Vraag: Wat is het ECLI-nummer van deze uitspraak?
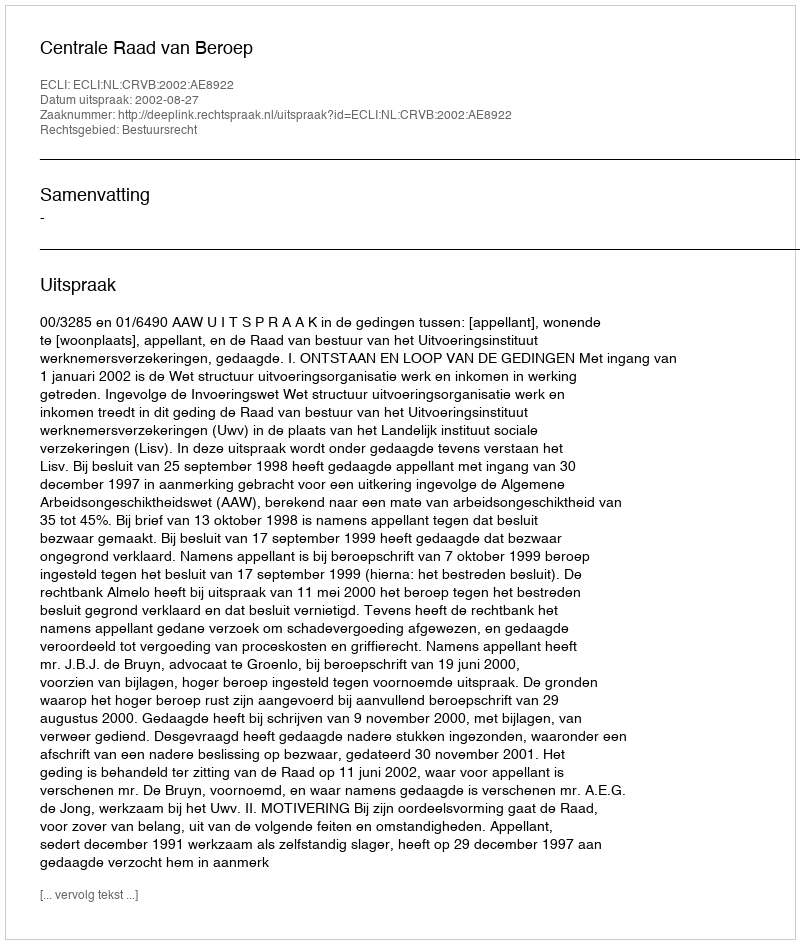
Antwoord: ECLI:NL:CRVB:2002:AE8922